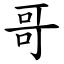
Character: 哥